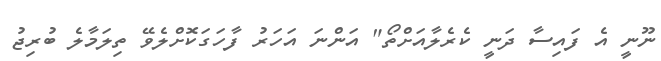
ނޫނީ އެ ފައިސާ ދަނީ ކެރެލާއަށްތޯ" އަންނަ އަހަރު ފާހަގަކޮށްލެވޭ ތިލަމާލެ ބުރިޖު